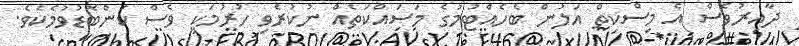
ދާއިރުވެސް އެ މިސްކިތް އަލުން ބެހެއްޓުމުގެ މަސައްކަތެއް ނުކުރެވި ހުުރުމަކީ ވެސް ކަންބޮޑުވުމެކެވެ.